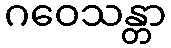
ဂဝေသန္တာ